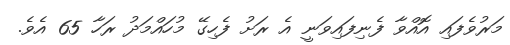
މަރުވެފައި އޮއްވާ ފެނިފައިވަނީ އެ ރަށު ފެހިގޭ މުހައްމަދު ރަހާ 65 އެވެ.